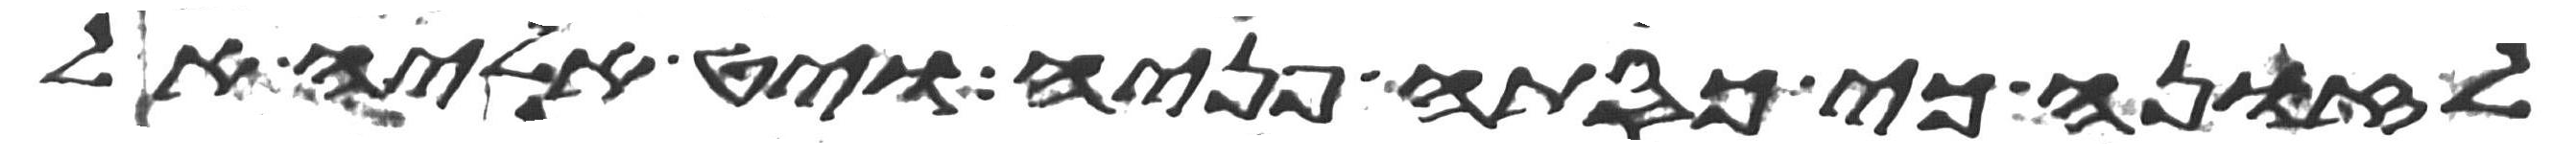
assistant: לזונה כי כסתה פניה ויט אליה אל